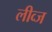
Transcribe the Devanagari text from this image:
लीव्ज